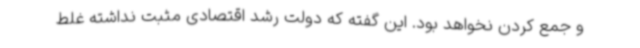
و جمع کردن نخواهد بود. این گفته که دولت رشد اقتصادی مثبت نداشته غلط